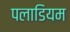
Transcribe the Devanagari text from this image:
पलाडियम